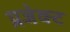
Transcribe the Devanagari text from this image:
प्रजेक्ट